Civil Veterinary Department. United Provinces 1912-22 - 1912-1922
Year: 1912
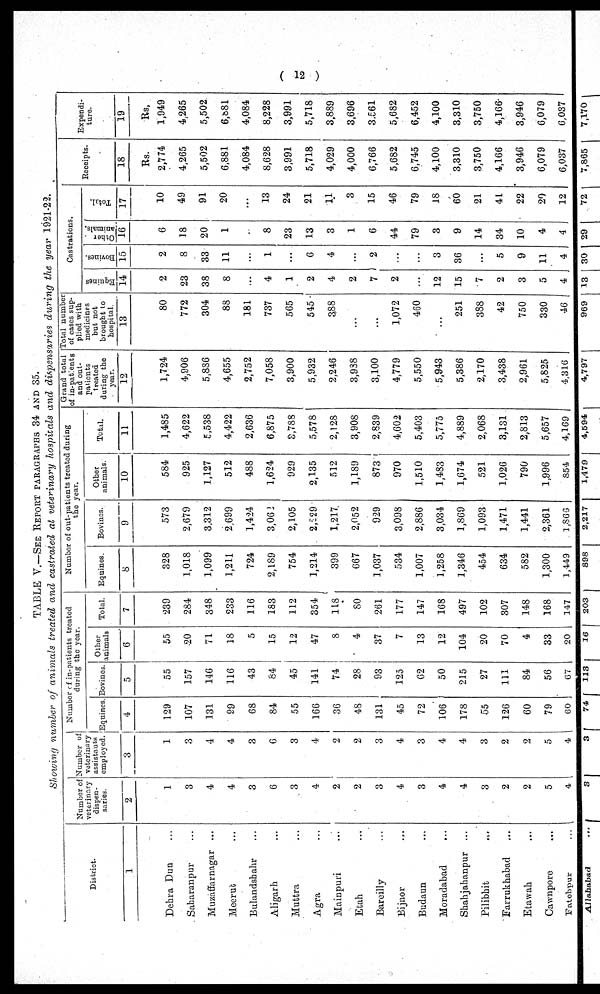
( 12 )
TABLE V.—SEE R PARAGRAPHS 34 and 35.
Showing number of animals treated and castrated at veterinary hospitals and dispensaries during the year 1921-22.
District.
1
Dehra Dun ...
Saharanpur ...
Muzaffarnagar
...
Meerut ...
Bulandshahr ...
Aligarh ...
Muttra ...
Agra ...
Mainpuri ...
Etah ...
Bareilly ...
Bijnor ...
Budaun ...
Moradabad ...
Shahjahanpur ...
Pilibhit ...
Farrukhabad ...
Etawah ...
Cawnpore ...
Fatehpur ...
Number of
veterinary
dispen-
saries.
2
1
3
4
4
3
6
3
4
2
2
3
4
3
4
4
3
2
2
5
4
Number of
veterinary
assistants
employed.
3
1
3
4
4
3
6
3
4
2
2
3
4
3
4
4
3
2
2
5
4
Number of in-patients treated
during the year.
Equines
4
129
107
131
99
68
84
55
166
36
48
131
45
72
106
178
55
126
60
79
60
Bovines.
5
55
157
146
116
43
84
45
141
74
28
93
125
62
50
215
27
111
84
56
G7
Other
animals
6
55
20
71
18
5
15
12
47
8
4
37
7
13
12
104
20
70
4
33
20
Total.
7
239
284
348
233
116
183
112
354
118
80
261
177
147
168
497
102
307
148
168
147
Number of out-patients treated during
the year.
Equines.
8
328
1,018
1,099
1,211
724
2,189
754
1,214
399
667
1,037
534
1,007
1,258
1,346
454
634
582
1,300
1,449
Bovines.
9
573
2,679
3,312
2,699
1,424
3,06 2
2,105
2,229
1,217
2,052
929
3,098
2,886
3,034
1,869
1,093
1,471
1,441
2,361
1,866
Other
animals.
10
584
925
1,127
512
488
1,624
929
2,135
512
1,189
873
970
1,510
1,483
1,674
521
1,026
790
1,996
854
Total.
11
1,485
4,622
5,538
4,422
2,636
6,875
3,788
5,578
2,128
3,908
2,839
4,602
5,403
5,775
4,889
2,068
3,131
2,813
5,657
4,1G9
Grand total
of in-patients
and out-
patients
treated
during the
year.
12
1,724
4,906
5,8S6
4,655
2,752
7,058
3,900
5,932
2,246
3,938
3,100
4,779
5,550
5,943
5,386
2,170
3,438
2,961
5,825
4,316
Total number
of cases sup-
plied with
medicines
but not
brought to
hospital.
13
80
772
304
88
181
737
565
545
388
...
...
1,072
460
...
251
388
42
750
330
46
Castrations.
Equines
14
2
23
38
8
...
4
1
2
4
2
7
2
...
12
15
7
2
3
5
4
Bovines.
15
2
8
33
11
...
1
...
6
4
...
2
...
3
36
...
5
9
11
4
Other
animals.
16
6
18
20
1
...
8
23
13
3
1
6
44
79
3
9
14
34
10
4
4
Total.
17
10
49
91
20
...
13
24
21
11
3
15
46
79
18
60
21
41
22
20
12
Receipts.
18
Rs.
2,774
4,265
5,502
6,881
4,084
8,628
3,991
5,718
4,029
4,000
6,766
5,682
6,745
4,100
3,310
3,750
4,166
3,946
6,079
6,037
Expendi-
ture.
19
Rs,
1,949
4,265
5,502
6,881
4,084
8,228
3,991
5,718
3,889
3,696
3,561
5,682
6,452
4,100
3,310
3,750
4,166
3,946
6,079
6,037